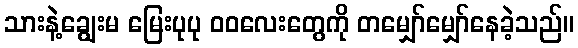
သားနဲ့ချွေးမ မြေးပုပု ဝဝလေးတွေကို တမျှော်မျှော်နေခဲ့သည်။